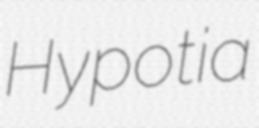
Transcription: Hypotia